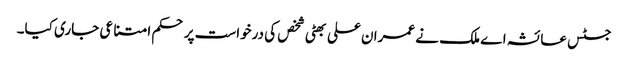
جسٹس عائشہ اے ملک نے عمران علی بھٹی شخص کی درخواست پر حکم امتناعی جاری کیا۔